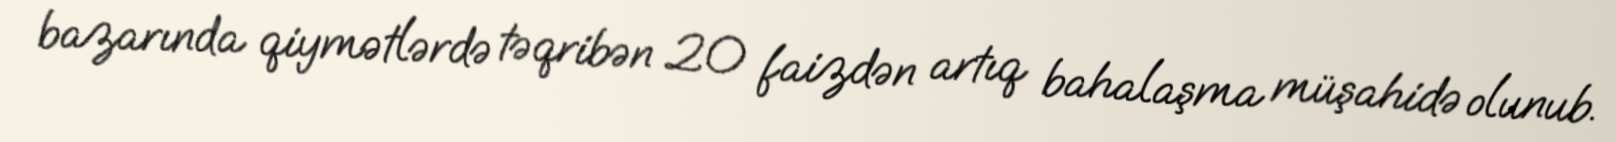
bazarında qiymətlərdə təqribən 20 faizdən artıq bahalaşma müşahidə olunub.